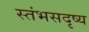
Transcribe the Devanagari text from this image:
स्तंभसदृष्य